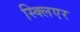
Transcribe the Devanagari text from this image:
स्क्लिएर